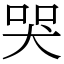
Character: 哭